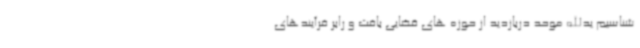
شناسیم یدالله موحد دربازدید از حوزه های قضایی بافت و رابر فرآیندهای